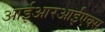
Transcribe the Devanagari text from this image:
आईआरआईएक्स